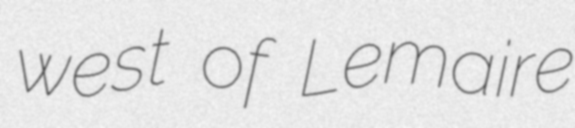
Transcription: west of Lemaire